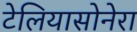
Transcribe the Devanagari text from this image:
टेलियासोनेरा